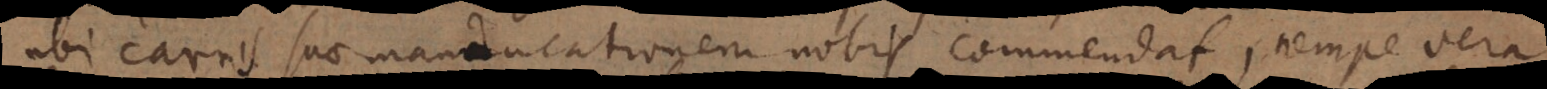
ubi carnis suae manducationem nobis commendat, nempe vera